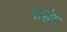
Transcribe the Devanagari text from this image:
कसेरु